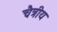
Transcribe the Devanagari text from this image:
चैत्रीय